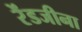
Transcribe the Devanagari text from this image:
रेंडजीना